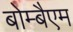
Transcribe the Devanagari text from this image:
बोम्बैएम